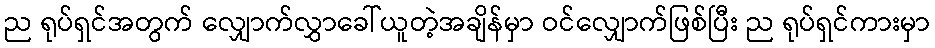
ည ရုပ်ရှင်အတွက် လျှောက်လွှာခေါ်ယူတဲ့အချိန်မှာ ဝင်လျှောက်ဖြစ်ပြီး ည ရုပ်ရှင်ကားမှာ